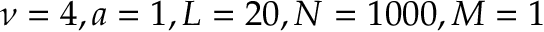
\nu = 4 , a = 1 , L = 2 0 , N = 1 0 0 0 , M = 1